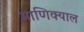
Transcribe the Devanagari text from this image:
माणिक्याल